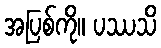
အပြစ်ကို။ ပဿသိ